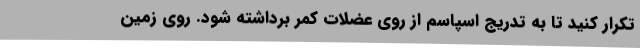
تکرار کنید تا به تدریج اسپاسم از روی عضلات کمر برداشته شود. روی زمین